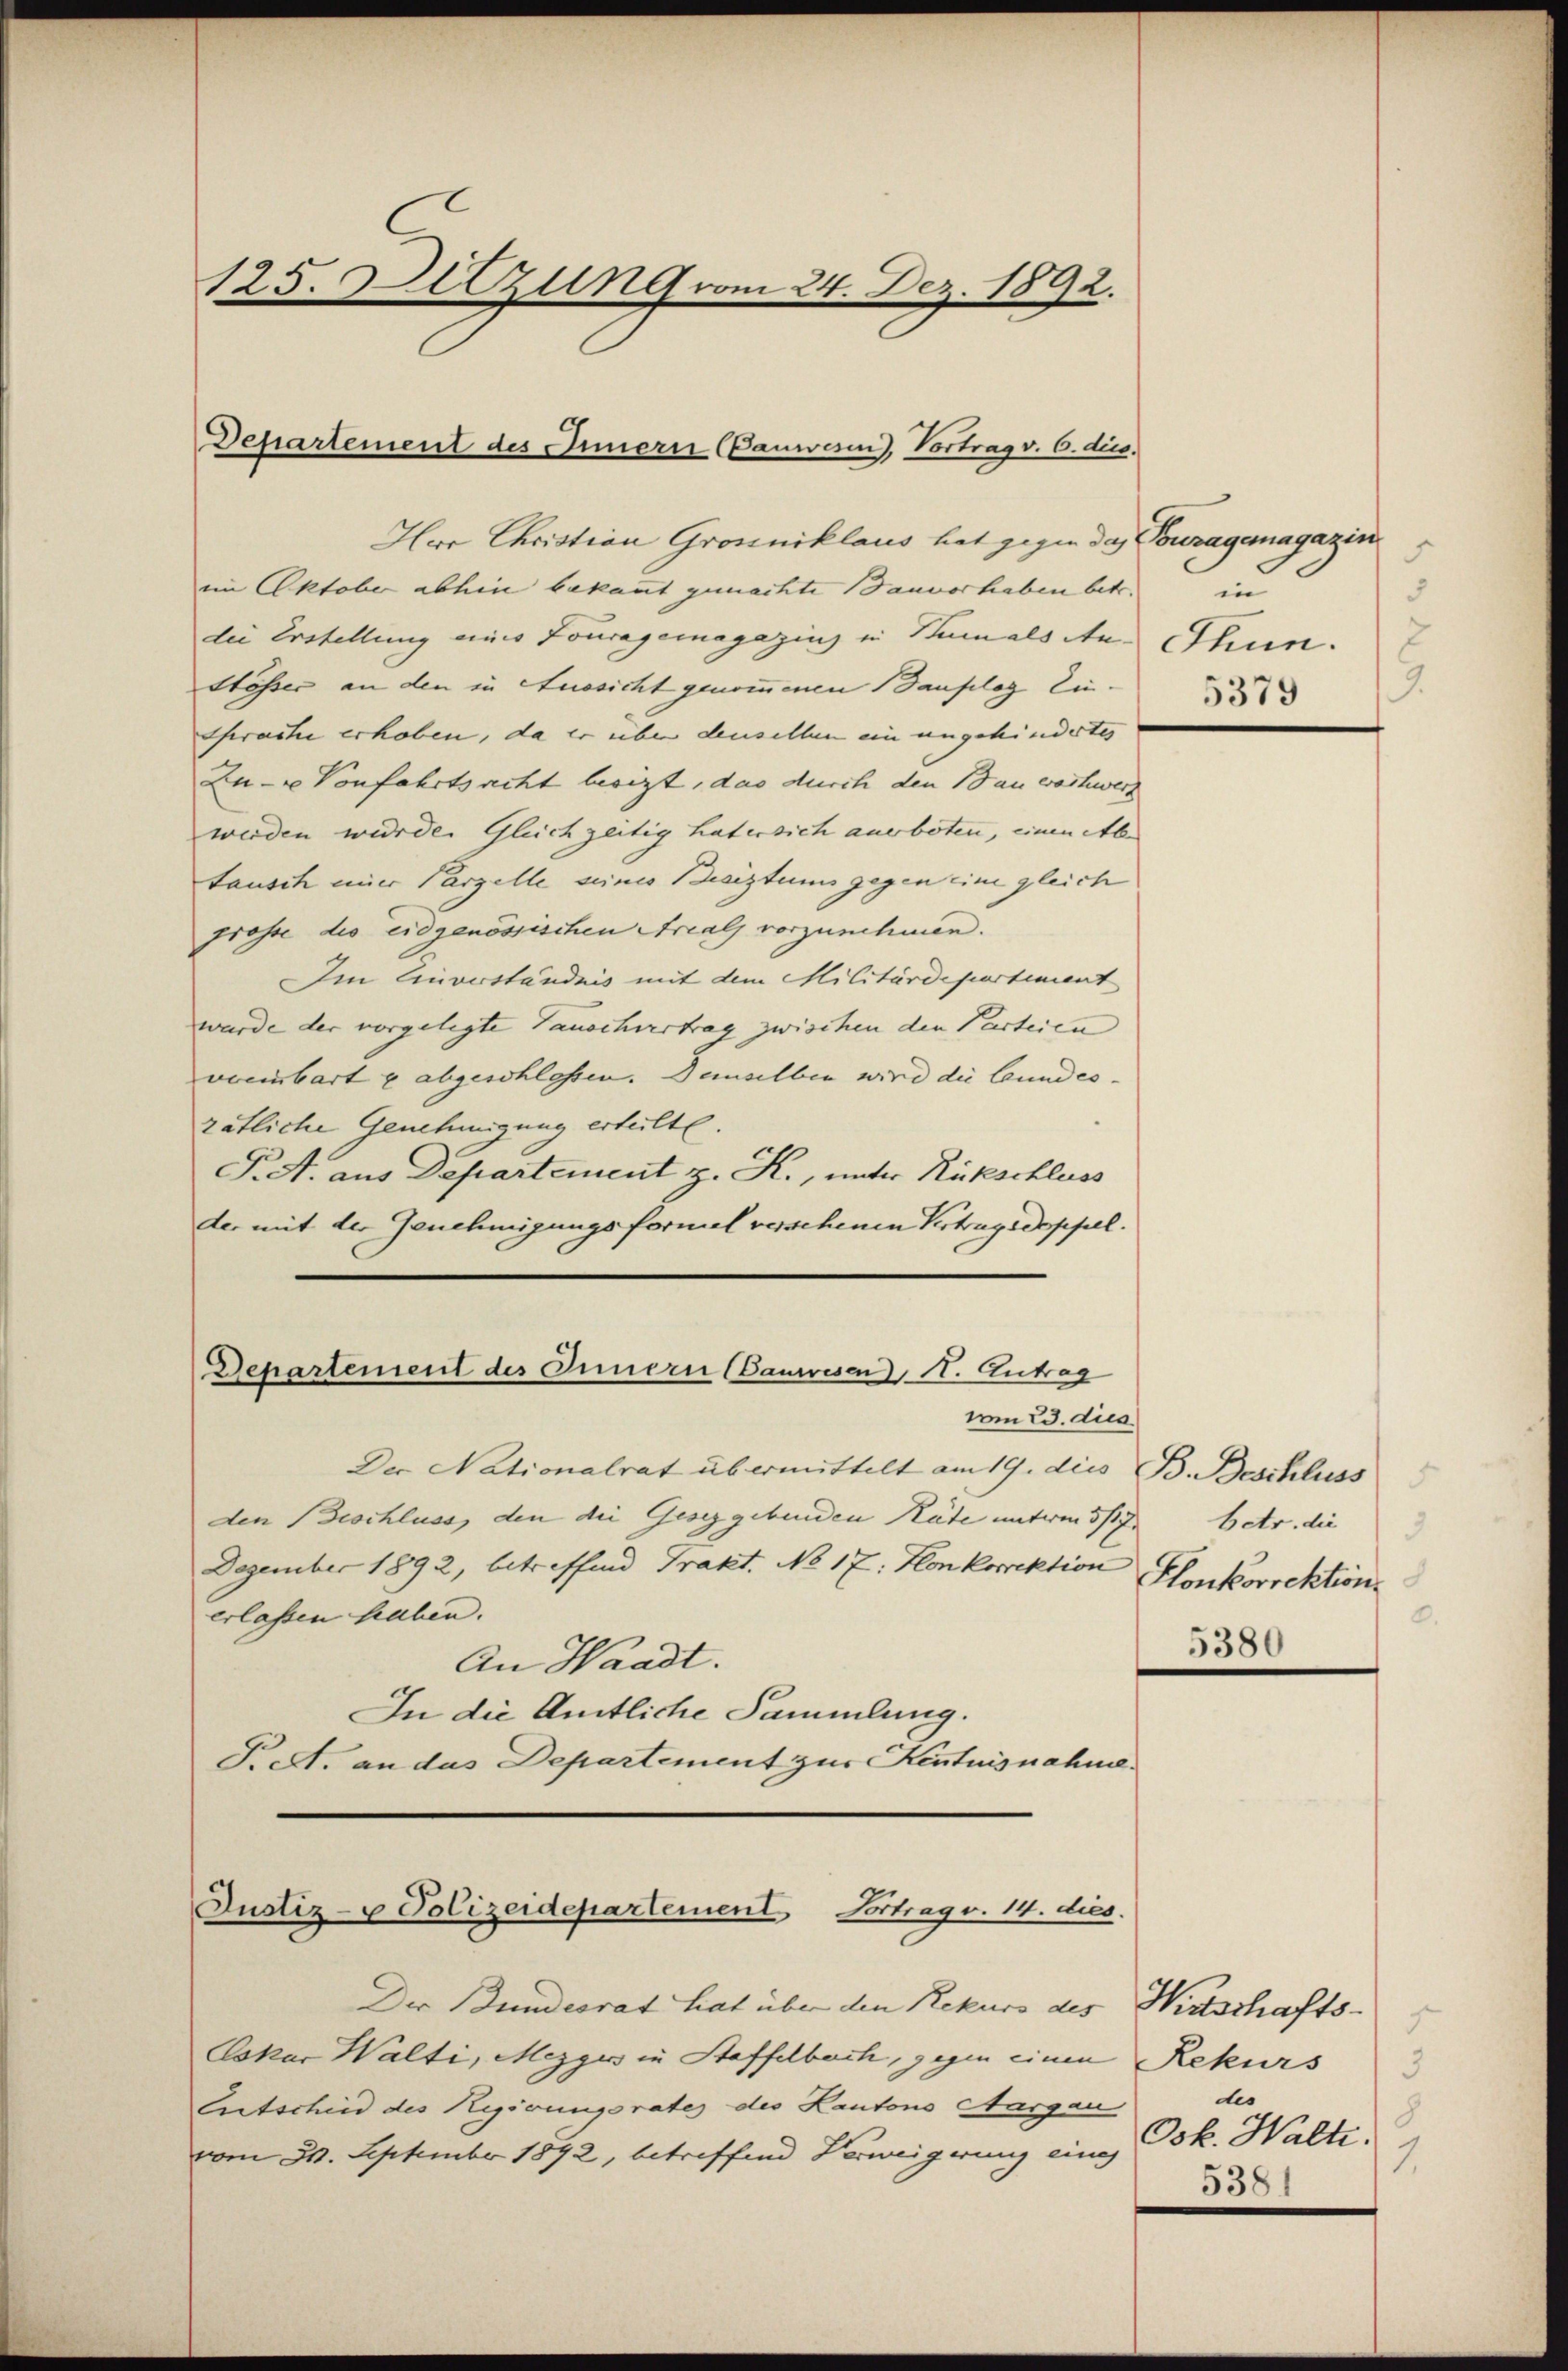
125. Hitzung vom 24. Dez. 1892.

Departement des Innern Bauwesen), Vortrag v. 6. dies.

Hwe Christian Grossniklaus hat gegen das Tomzagemagazin
im Oktober abhin bekannt gemachte Bauvorhaben betr.
die Erstellung eines Fouragemagazins in Samals Aus Thun.
Stösser an den in Aussicht genommenen auflog Ein¬
Sprache erhoben, da er über denselben ein angehindertes
Zu- u Vonfahrtsacht besizt, das durch den 10 an wachwerz
werden wurden Gleichzeitig hat ersich anerboten, einen Ab-
tausch einer Parzelle seines Besiztums gegen eine gleich
grosse die eidgenössischen Areals vorzunehmen.
Im Einveständnis mit dem Militärdepartement
wurde der vorgelegte Tauschvertrag zwischen den Parteien
vocibart u abgeschlossen. Demselben wird die Bundes.
rätliche Genehmigung erteilte.
P. A. aus Departement z. K., unter Rückschluss
der mit der Genehmigungsformel versehenen Vertragsdoppell.

Der Nationalrat übermittelt am 19. dies B. Beschluss
den (Geschluss, den die Gesetzgebenden Räte unterm 5/7.
Dezember 1892, betreffend Trakt. No 17. Honkorrektion Konkorrektion
erlassen haben.
An Waadt.
In die Amtliche Sammlung.
Prect. an das Departement zur Kentnisnahme.

Departement des Innern anwesen, A. Antrag
vom 23. dies

Justiz- u Polizeidepartement Vortrag v. 14. dies

3
3
in
9.
5379

Der Bundesrat hat über den Rekurs des Wirtschafts¬
Oskar Walti, Mezger in Stoffelbach, gegen einen Rekurs
Entschend des Regirungsrates des Kantons Aargau
vom 21. September 1892, betreffend Verweigerung eines

betr. die
3
.
5380

.
3
des
8
Osk. Halte.
1.
5381